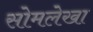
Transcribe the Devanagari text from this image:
सोमलेखा